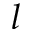
l